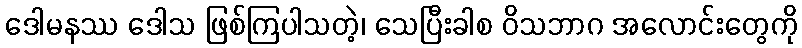
ဒေါမနဿ ဒေါသ ဖြစ်ကြပါသတဲ့၊ သေပြီးခါစ ဝိသဘာဂ အလောင်းတွေကို